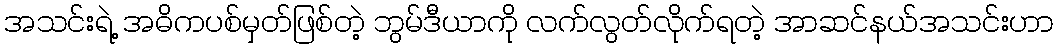
အသင်းရဲ့ အဓိကပစ်မှတ်ဖြစ်တဲ့ ဘွမ်ဒီယာကို လက်လွတ်လိုက်ရတဲ့ အာဆင်နယ်အသင်းဟာ